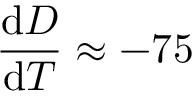
\frac { \mathrm { d } D } { \mathrm { d } T } \approx - 7 5